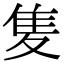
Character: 𨾏